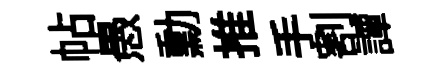
帖愚勳推手割譚